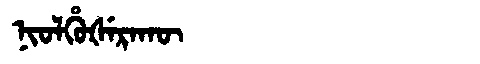
Manchu: ᠨᡳᠣᠯᡥᡠᡧᡝᡵᠠᡴᡡ
Romanization: NIOLHUŠERAKŪ